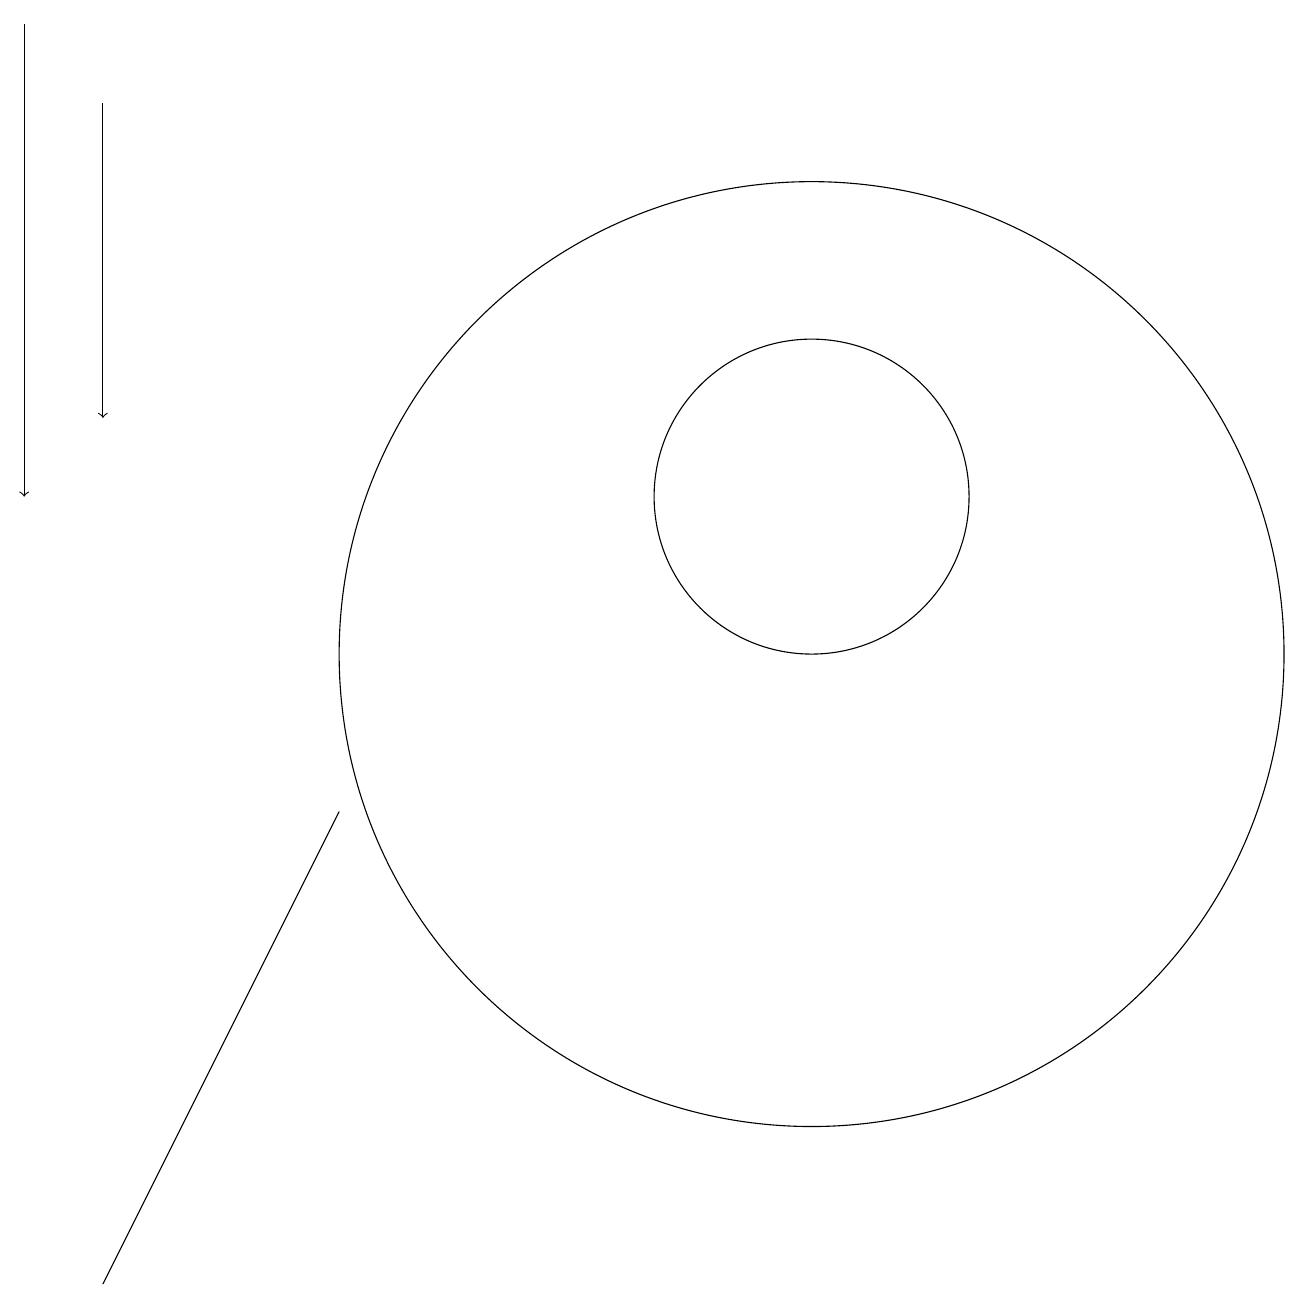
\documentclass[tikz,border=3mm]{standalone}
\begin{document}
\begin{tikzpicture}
\draw (11,12) circle (2);
\draw[->] (2,17) -- (2,13);
\draw (5,8) -- (4,6) -- (2,2) -- cycle;
\draw (11,10) circle (6);
\draw[->] (1,18) -- (1,12);
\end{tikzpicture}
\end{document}